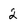
Character: 2